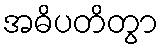
အဓိပတိတွာ